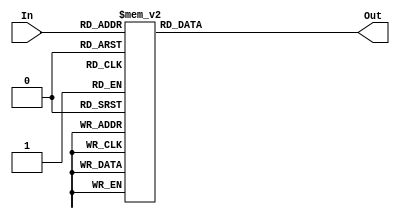

module hexdriver (
	input  [3:0] In,
	output reg [6:0] Out
);
	
always@(*) begin
	 case (In)
		4'b0000   : Out <= 7'b1000000; // '0'
		4'b0001   : Out <= 7'b1111001; // '1'
		4'b0010   : Out <= 7'b0100100; // '2'
		4'b0011   : Out <= 7'b0110000; // '3'
		4'b0100   : Out <= 7'b0011001; // '4'
		4'b0101   : Out <= 7'b0010010; // '5'
		4'b0110   : Out <= 7'b0000010; // '6'
		4'b0111   : Out <= 7'b1111000; // '7'
		4'b1000   : Out <= 7'b0000000; // '8'
		4'b1001   : Out <= 7'b0010000; // '9'
		4'b1010   : Out <= 7'b0001000; // 'A'
		4'b1011   : Out <= 7'b0000011; // 'b'
		4'b1100   : Out <= 7'b1000110; // 'C'
		4'b1101   : Out <= 7'b0100001; // 'd'
		4'b1110   : Out <= 7'b0000110; // 'E'
		4'b1111   : Out <= 7'b0001110; // 'F'
		default   : Out <= 7'bX;
	endcase
end

endmodule